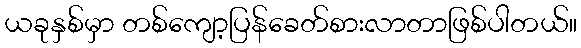
ယခုနှစ်မှာ တစ်ကျော့ပြန်ခေတ်စားလာတာဖြစ်ပါတယ်။